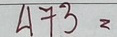
473 =